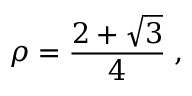
\rho = \frac { 2 + \sqrt { 3 } } { 4 } \; ,